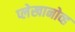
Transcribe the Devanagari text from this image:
प्लेखानोव्ह